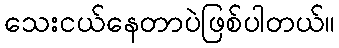
သေးငယ်နေတာပဲဖြစ်ပါတယ်။